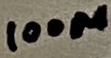
Text: 100µ